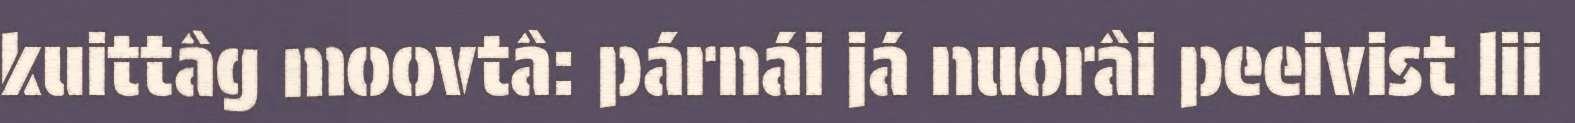
kuittâg moovtâ: párnái já nuorâi peeivist lii